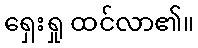
ရှေးရှု ထင်လာ၏။